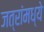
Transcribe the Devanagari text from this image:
जत्रांमध्ये